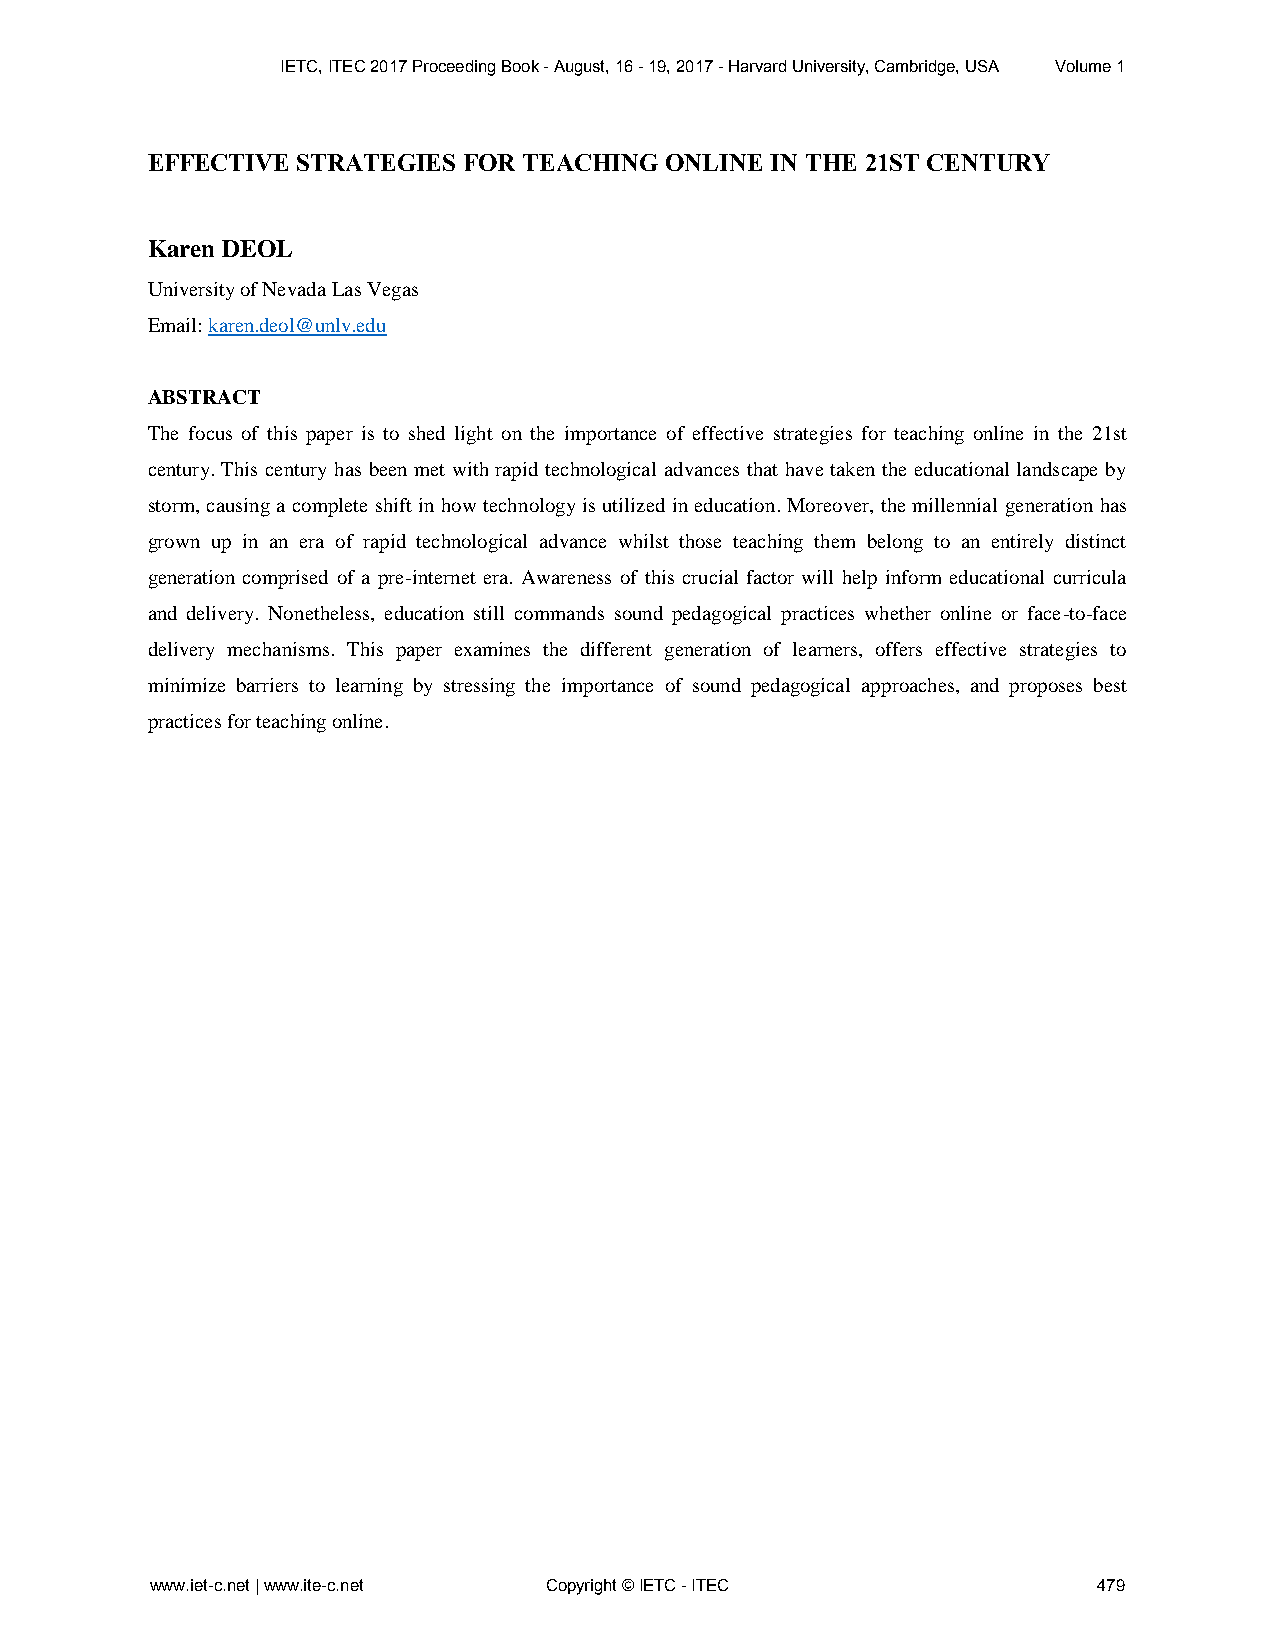
IETC, ITEC 2017 Proceeding Book - August, 16 - 19, 2017 - Harvard University, Cambridge, USA Volume 1
 EFFECTIVE STRATEGIES FOR TEACHING ONLINE IN THE 21ST CENTURY
 Karen DEOL
 University of Nevada Las Vegas
 Email: karen.deol@unlv.edu
 ABSTRACT
 The focus of this paper is to shed light on the importance of effective strategies for teaching online in the 21st
 century. This century has been met with rapid technological advances that have taken the educational landscape by
 storm, causing a complete shift in how technology is utilized in education. Moreover, the millennial generation has
 grown up in an era of rapid technological advance whilst those teaching them belong to an entirely distinct
 generation comprised of a pre-internet era. Awareness of this crucial factor will help inform educational curricula
 and delivery. Nonetheless, education still commands sound pedagogical practices whether online or face-to-face
 delivery mechanisms. This paper examines the different generation of learners, offers effective strategies to
 minimize barriers to learning by stressing the importance of sound pedagogical approaches, and proposes best
 practices for teaching online.
 www.iet-c.net | www.ite-c.net Copyright © IETC - ITEC          479